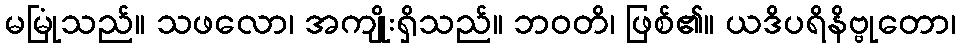
မမြုံသည်။ သဖလော၊ အကျိုးရှိသည်။ ဘဝတိ၊ ဖြစ်၏။ ယဒိပရိနိဗ္ဗုတော၊